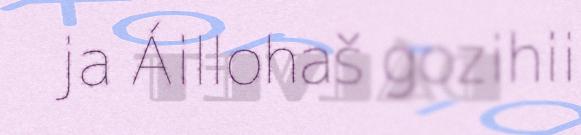
ja Áillohaš gozihii